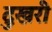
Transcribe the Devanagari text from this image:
दुखरी